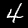
Label: 4